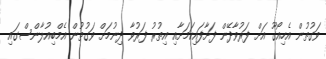
ވަގުތުން އެހިއޯގޫ އަށް ފަރުވާދޭން ފަށާފައިކަމަށާއި އިތުރު ފަރުވާ ދިނުމަށް ވަގުތުން އެމްބިއުލާންސްގައި